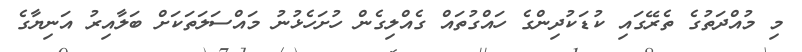
މި މުއްދަތުގެ ތެރޭގައި ކުޑަކުދިންގެ ހައްގުތައް ގެއްލިގެން ހުށަހެޅުނު މައްސަލަތަކަށް ބަލާއިރު އަނިޔާގެ